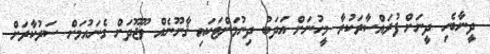
ދީނާބެހި ދީނަށް ފުރައްސާރަކުރާ މީހުނަށް އަދަބު ދިނުމަށްޓަކައި ޤާނޫނެއް ވޫޖޫދަށް ގެނައުމަށް ސަރުކާރަށް